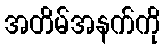
အတိမ်အနက်ကို